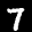
Label: 7